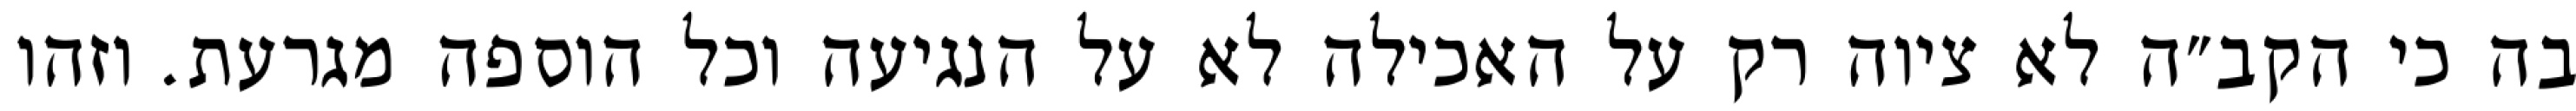
בה כי הקב״ה לא ציוה רק על האכילה לא על הנגיעה וכל הוספה מגרעת. וזהו